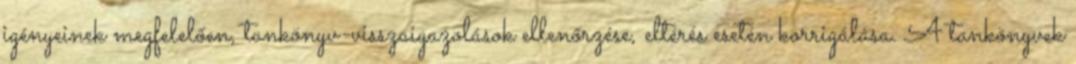
igényeinek megfelelően, tankönyv-visszaigazolások ellenőrzése, eltérés esetén korrigálása. A tankönyvek